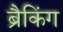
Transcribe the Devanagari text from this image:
ब्रैकिंग